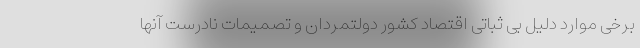
برخی موارد دلیل بی ثباتی اقتصاد کشور دولتمردان و تصمیمات نادرست آنها